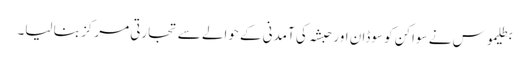
بطلیموس نے سواکن کو سوڈان اور حبشہ کی آمدنی کے حوالے سے تجارتی مرکز بنا لیا۔